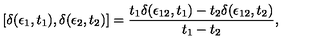
[ \delta ( \epsilon _ { 1 } , t _ { 1 } ) , \delta ( \epsilon _ { 2 } , t _ { 2 } ) ] = { \frac { t _ { 1 } \delta ( \epsilon _ { 1 2 } , t _ { 1 } ) - t _ { 2 } \delta ( \epsilon _ { 1 2 } , t _ { 2 } ) } { t _ { 1 } - t _ { 2 } } } ,